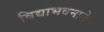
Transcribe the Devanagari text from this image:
विद्याभवनाने